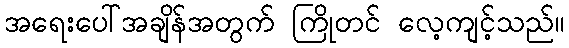
အရေးပေါ်အချိန်အတွက် ကြိုတင် လေ့ကျင့်သည်။